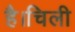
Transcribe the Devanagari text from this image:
है।चिली